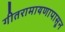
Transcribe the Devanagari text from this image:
गीतरामायणापासून